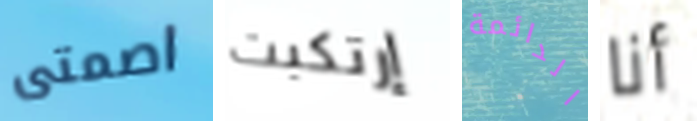
اصمتى إرتكبت الدائمة أنا